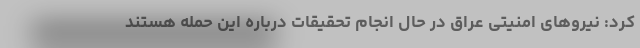
کرد: نیروهای امنیتی عراق در حال انجام تحقیقات درباره این حمله هستند